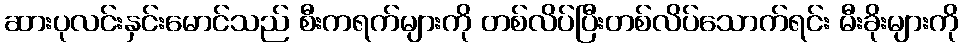
ဆားပုလင်းနှင်းမောင်သည် စီးကရက်များကို တစ်လိပ်ပြီးတစ်လိပ်သောက်ရင်း မီးခိုးများကို